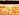
إنك